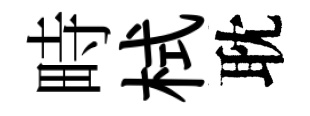
畤栻耽